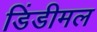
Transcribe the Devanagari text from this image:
डिंडीमल